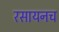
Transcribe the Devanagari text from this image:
रसायनच